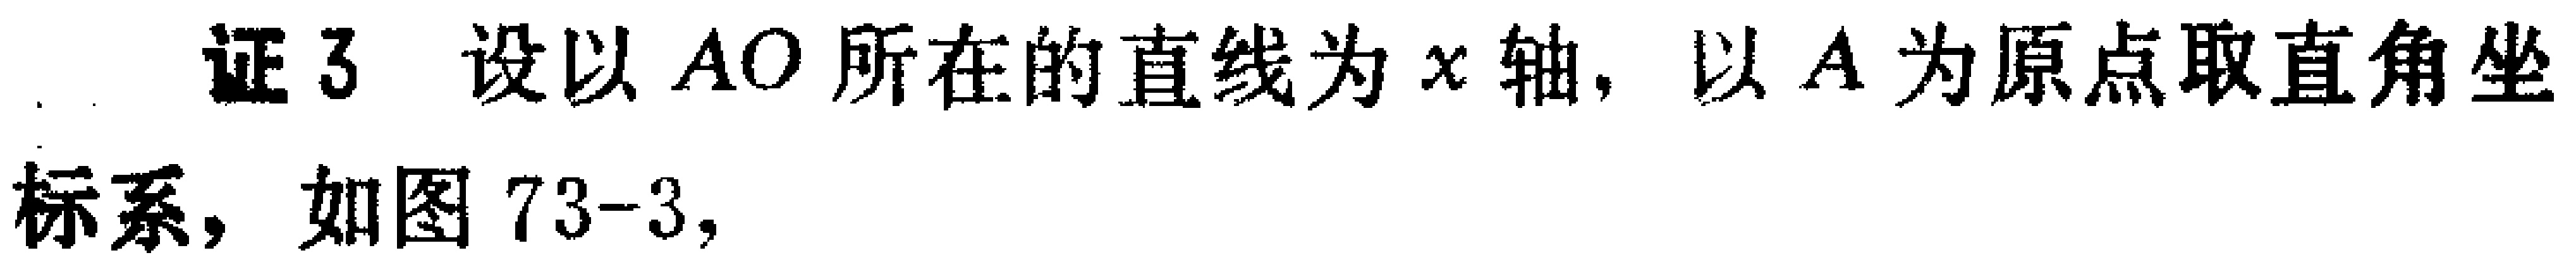
证3 设以 \(AO\) 所在的直线为 \(x\) 轴, 以 \(A\) 为原点取直角坐标系，如图 73-3,